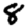
Digit: 8